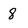
Character: 8